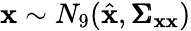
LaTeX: \mathbf{x}\sim N_{9}(\hat{\mathbf{x}},\pmb{\Sigma}_{\mathbf{x}\mathbf{x}})